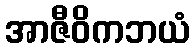
အာဇီဝိကဘယံ